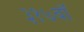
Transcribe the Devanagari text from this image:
३१७वॉ